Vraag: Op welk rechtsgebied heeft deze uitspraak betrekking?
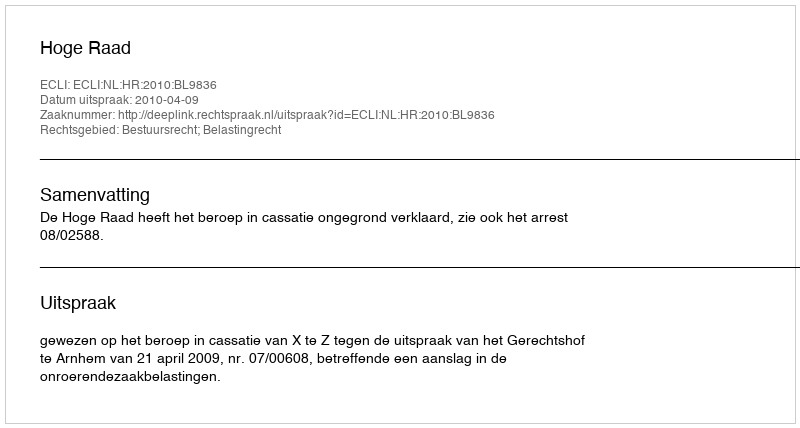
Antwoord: Bestuursrecht; Belastingrecht